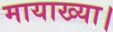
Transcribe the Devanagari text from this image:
मायाख्या।